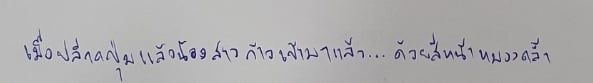
เมื่อปลีกดปุ่มแล้วน้องสาวก้าวเข้ามาแล้ว...ด้วยสีหน้าหมองคล้ำ